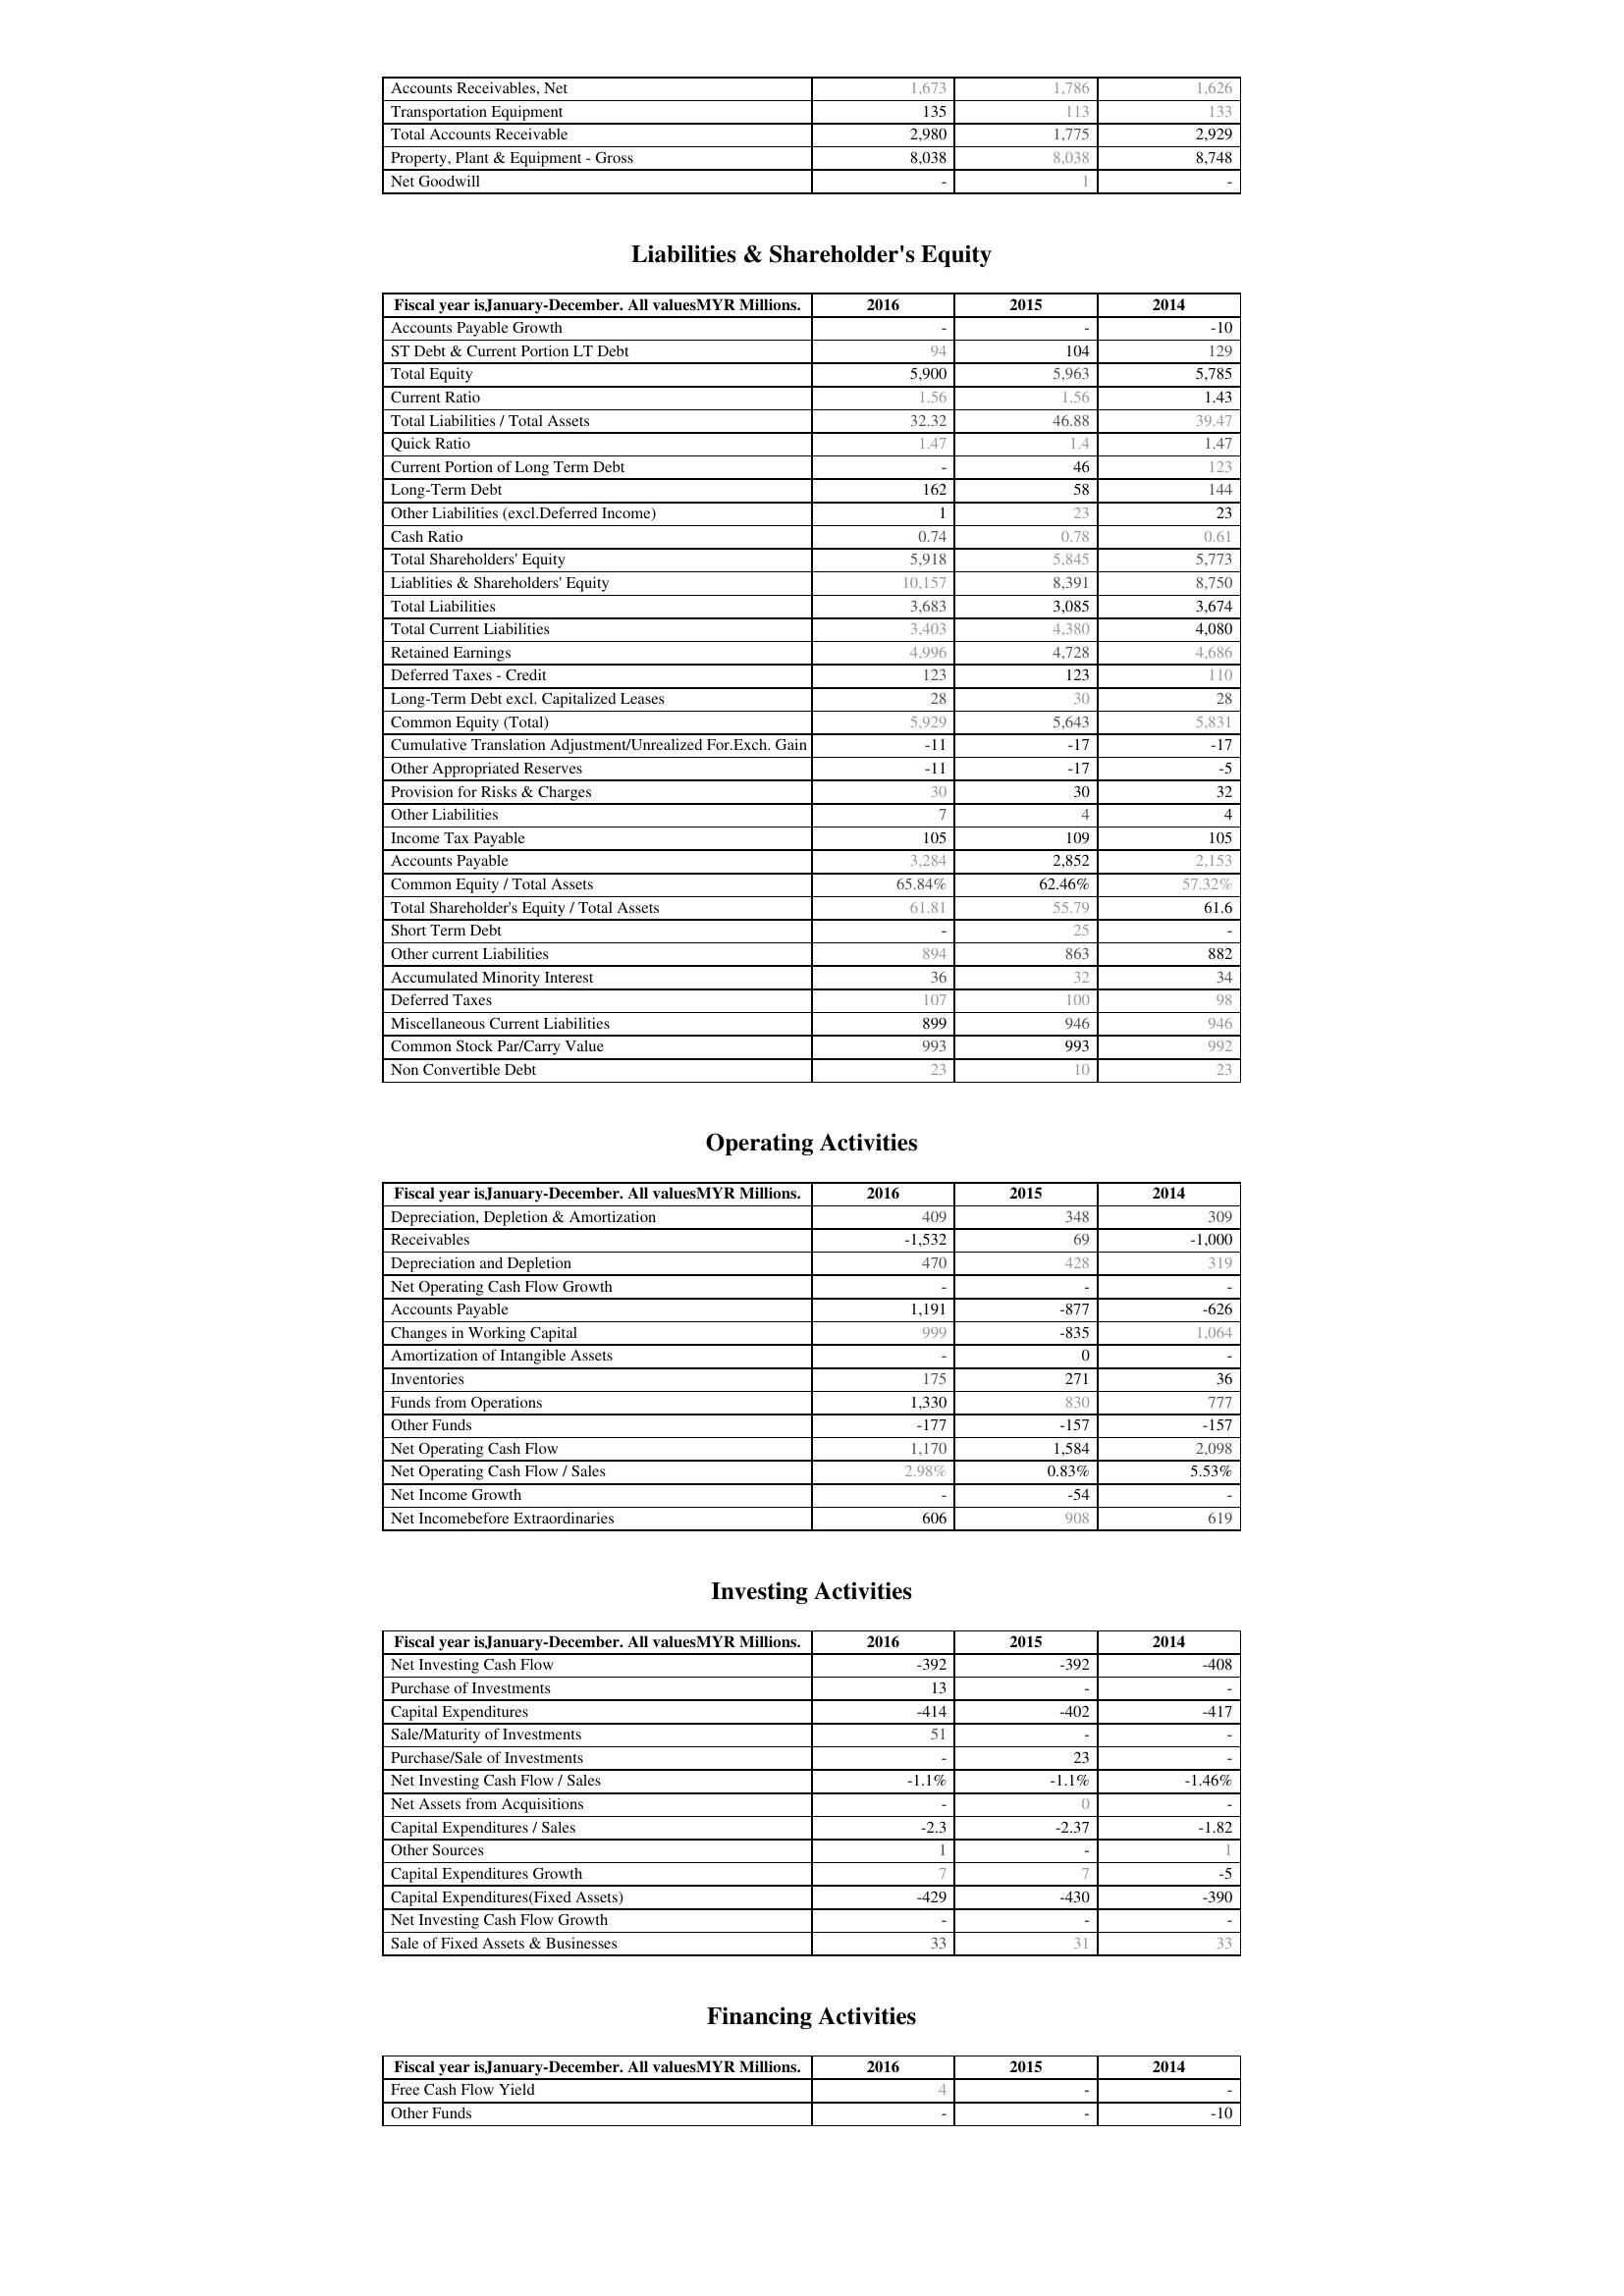
2016: Assets: Accounts Receivables, Net: 1,673
Transportation Equipment: 135
Total Accounts Receivable: 2,980
Property, Plant & Equipment - Gross : 8,038
Net Goodwill: -
Liabilities & Shareholder's Equity: Accounts Payable Growth: -
ST Debt & Current Portion LT Debt: 94
Total Equity: 5,900
Current Ratio: 1.56
Total Liabilities / Total Assets: 32.32
Quick Ratio: 1.47
Current Portion of Long Term Debt: -
Long-Term Debt: 162
Other Liabilities (excl.Deferred Income): 1
Cash Ratio: 0.74
Total Shareholders' Equity: 5,918
Liablities & Shareholders' Equity: 10,157
Total Liabilities: 3,683
Total Current Liabilities: 3,403
Retained Earnings: 4,996
Deferred Taxes - Credit: 123
Long-Term Debt excl. Capitalized Leases: 28
Common Equity (Total): 5,929
Cumulative Translation Adjustment/Unrealized For.Exch. Gain: -11
Other Appropriated Reserves: -11
Provision for Risks & Charges: 30
Other Liabilities: 7
Income Tax Payable: 105
Accounts Payable: 3,284
Common Equity / Total Assets: 65.84%
Total Shareholder's Equity / Total Assets: 61.81
Short Term Debt: -
Other current Liabilities: 894
Accumulated Minority Interest: 36
Deferred Taxes: 107
Miscellaneous Current Liabilities: 899
Common Stock Par/Carry Value: 993
Non Convertible Debt: 23
Operating Activities: Depreciation, Depletion & Amortization: 409
Receivables: -1,532
Depreciation and Depletion: 470
Net Operating Cash Flow Growth: -
Accounts Payable: 1,191
Changes in Working Capital: 999
Amortization of Intangible Assets: -
Inventories: 175
Funds from Operations: 1,330
Other Funds: -177
Net Operating Cash Flow: 1,170
Net Operating Cash Flow / Sales: 2.98%
Net Income Growth: -
Net Incomebefore Extraordinaries: 606
Investing Activities: Net Investing Cash Flow: -392
Purchase of Investments: 13
Capital Expenditures: -414
Sale/Maturity of Investments: 51
Purchase/Sale of Investments: -
Net Investing Cash Flow / Sales: -1.1%
Net Assets from Acquisitions: -
Capital Expenditures / Sales: -2.3
Other Sources: 1
Capital Expenditures Growth: 7
Capital Expenditures(Fixed Assets): -429
Net Investing Cash Flow Growth: -
Sale of Fixed Assets & Businesses: 33
Financing Activities: Free Cash Flow Yield: 4
Other Funds: -
2015: Assets: Accounts Receivables, Net: 1,786
Transportation Equipment: 113
Total Accounts Receivable: 1,775
Property, Plant & Equipment - Gross : 8,038
Net Goodwill: 1
Liabilities & Shareholder's Equity: Accounts Payable Growth: -
ST Debt & Current Portion LT Debt: 104
Total Equity: 5,963
Current Ratio: 1.56
Total Liabilities / Total Assets: 46.88
Quick Ratio: 1.4
Current Portion of Long Term Debt: 46
Long-Term Debt: 58
Other Liabilities (excl.Deferred Income): 23
Cash Ratio: 0.78
Total Shareholders' Equity: 5,845
Liablities & Shareholders' Equity: 8,391
Total Liabilities: 3,085
Total Current Liabilities: 4,380
Retained Earnings: 4,728
Deferred Taxes - Credit: 123
Long-Term Debt excl. Capitalized Leases: 30
Common Equity (Total): 5,643
Cumulative Translation Adjustment/Unrealized For.Exch. Gain: -17
Other Appropriated Reserves: -17
Provision for Risks & Charges: 30
Other Liabilities: 4
Income Tax Payable: 109
Accounts Payable: 2,852
Common Equity / Total Assets: 62.46%
Total Shareholder's Equity / Total Assets: 55.79
Short Term Debt: 25
Other current Liabilities: 863
Accumulated Minority Interest: 32
Deferred Taxes: 100
Miscellaneous Current Liabilities: 946
Common Stock Par/Carry Value: 993
Non Convertible Debt: 10
Operating Activities: Depreciation, Depletion & Amortization: 348
Receivables: 69
Depreciation and Depletion: 428
Net Operating Cash Flow Growth: -
Accounts Payable: -877
Changes in Working Capital: -835
Amortization of Intangible Assets: 0
Inventories: 271
Funds from Operations: 830
Other Funds: -157
Net Operating Cash Flow: 1,584
Net Operating Cash Flow / Sales: 0.83%
Net Income Growth: -54
Net Incomebefore Extraordinaries: 908
Investing Activities: Net Investing Cash Flow: -392
Purchase of Investments: -
Capital Expenditures: -402
Sale/Maturity of Investments: -
Purchase/Sale of Investments: 23
Net Investing Cash Flow / Sales: -1.1%
Net Assets from Acquisitions: 0
Capital Expenditures / Sales: -2.37
Other Sources: -
Capital Expenditures Growth: 7
Capital Expenditures(Fixed Assets): -430
Net Investing Cash Flow Growth: -
Sale of Fixed Assets & Businesses: 31
Financing Activities: Free Cash Flow Yield: -
Other Funds: -
2014: Assets: Accounts Receivables, Net: 1,626
Transportation Equipment: 133
Total Accounts Receivable: 2,929
Property, Plant & Equipment - Gross : 8,748
Net Goodwill: -
Liabilities & Shareholder's Equity: Accounts Payable Growth: -10
ST Debt & Current Portion LT Debt: 129
Total Equity: 5,785
Current Ratio: 1.43
Total Liabilities / Total Assets: 39.47
Quick Ratio: 1.47
Current Portion of Long Term Debt: 123
Long-Term Debt: 144
Other Liabilities (excl.Deferred Income): 23
Cash Ratio: 0.61
Total Shareholders' Equity: 5,773
Liablities & Shareholders' Equity: 8,750
Total Liabilities: 3,674
Total Current Liabilities: 4,080
Retained Earnings: 4,686
Deferred Taxes - Credit: 110
Long-Term Debt excl. Capitalized Leases: 28
Common Equity (Total): 5,831
Cumulative Translation Adjustment/Unrealized For.Exch. Gain: -17
Other Appropriated Reserves: -5
Provision for Risks & Charges: 32
Other Liabilities: 4
Income Tax Payable: 105
Accounts Payable: 2,153
Common Equity / Total Assets: 57.32%
Total Shareholder's Equity / Total Assets: 61.6
Short Term Debt: -
Other current Liabilities: 882
Accumulated Minority Interest: 34
Deferred Taxes: 98
Miscellaneous Current Liabilities: 946
Common Stock Par/Carry Value: 992
Non Convertible Debt: 23
Operating Activities: Depreciation, Depletion & Amortization: 309
Receivables: -1,000
Depreciation and Depletion: 319
Net Operating Cash Flow Growth: -
Accounts Payable: -626
Changes in Working Capital: 1,064
Amortization of Intangible Assets: -
Inventories: 36
Funds from Operations: 777
Other Funds: -157
Net Operating Cash Flow: 2,098
Net Operating Cash Flow / Sales: 5.53%
Net Income Growth: -
Net Incomebefore Extraordinaries: 619
Investing Activities: Net Investing Cash Flow: -408
Purchase of Investments: -
Capital Expenditures: -417
Sale/Maturity of Investments: -
Purchase/Sale of Investments: -
Net Investing Cash Flow / Sales: -1.46%
Net Assets from Acquisitions: -
Capital Expenditures / Sales: -1.82
Other Sources: 1
Capital Expenditures Growth: -5
Capital Expenditures(Fixed Assets): -390
Net Investing Cash Flow Growth: -
Sale of Fixed Assets & Businesses: 33
Financing Activities: Free Cash Flow Yield: -
Other Funds: -10